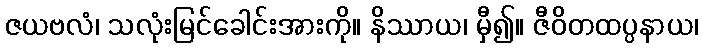
ဇယဗလံ၊ သလုံးမြင်ခေါင်းအားကို။ နိဿာယ၊ မှီ၍။ ဇီဝိတထပ္ပနာယ၊